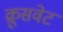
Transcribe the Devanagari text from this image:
क्रूसवेट